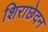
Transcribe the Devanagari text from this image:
शिराछेदन